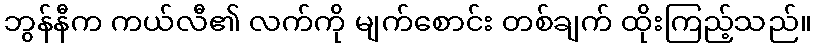
ဘွန်နီက ကယ်လီ၏ လက်ကို မျက်စောင်း တစ်ချက် ထိုးကြည့်သည်။